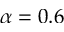
\alpha = 0 . 6